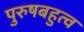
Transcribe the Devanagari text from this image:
पुरुषबहुत्व